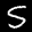
Label: 5